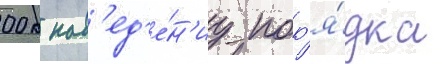
00 к нав'ед'е́н'иу пор'я́дка